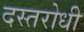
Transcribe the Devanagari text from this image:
दस्तरोधी